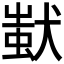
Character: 𤠷